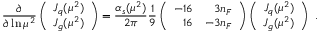
{ \frac { \partial } { \partial \ln \mu ^ { 2 } } } \left( \begin{array} { c } { { J _ { q } ( \mu ^ { 2 } ) } } \\ { { J _ { g } ( \mu ^ { 2 } ) } } \end{array} \right) = { \frac { \alpha _ { s } ( \mu ^ { 2 } ) } { 2 \pi } } { \frac { 1 } { 9 } } \left( \begin{array} { r r } { { - 1 6 } } & { { 3 n _ { F } } } \\ { { 1 6 } } & { { - 3 n _ { F } } } \end{array} \right) \left( \begin{array} { c } { { J _ { q } ( \mu ^ { 2 } ) } } \\ { { J _ { g } ( \mu ^ { 2 } ) } } \end{array} \right) \ .